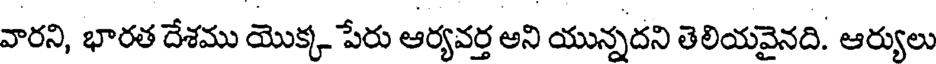
వారని, భారత దేశము యొక్క పేరు ఆర్యవర్త అని యున్నదని తెలియవైనది. ఆర్యులు